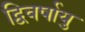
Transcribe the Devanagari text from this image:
द्विवर्षायु